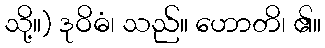
သို့။) ဒုဝိဓံ၊ သည်။ ဟောတိ၊ ၏။